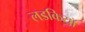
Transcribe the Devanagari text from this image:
लडकियॉ